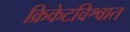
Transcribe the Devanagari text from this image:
क्रिकेटविश्वात